65_HS1-834228961_62-HQ-83894_Section_6
Agency: FBI
Page 213
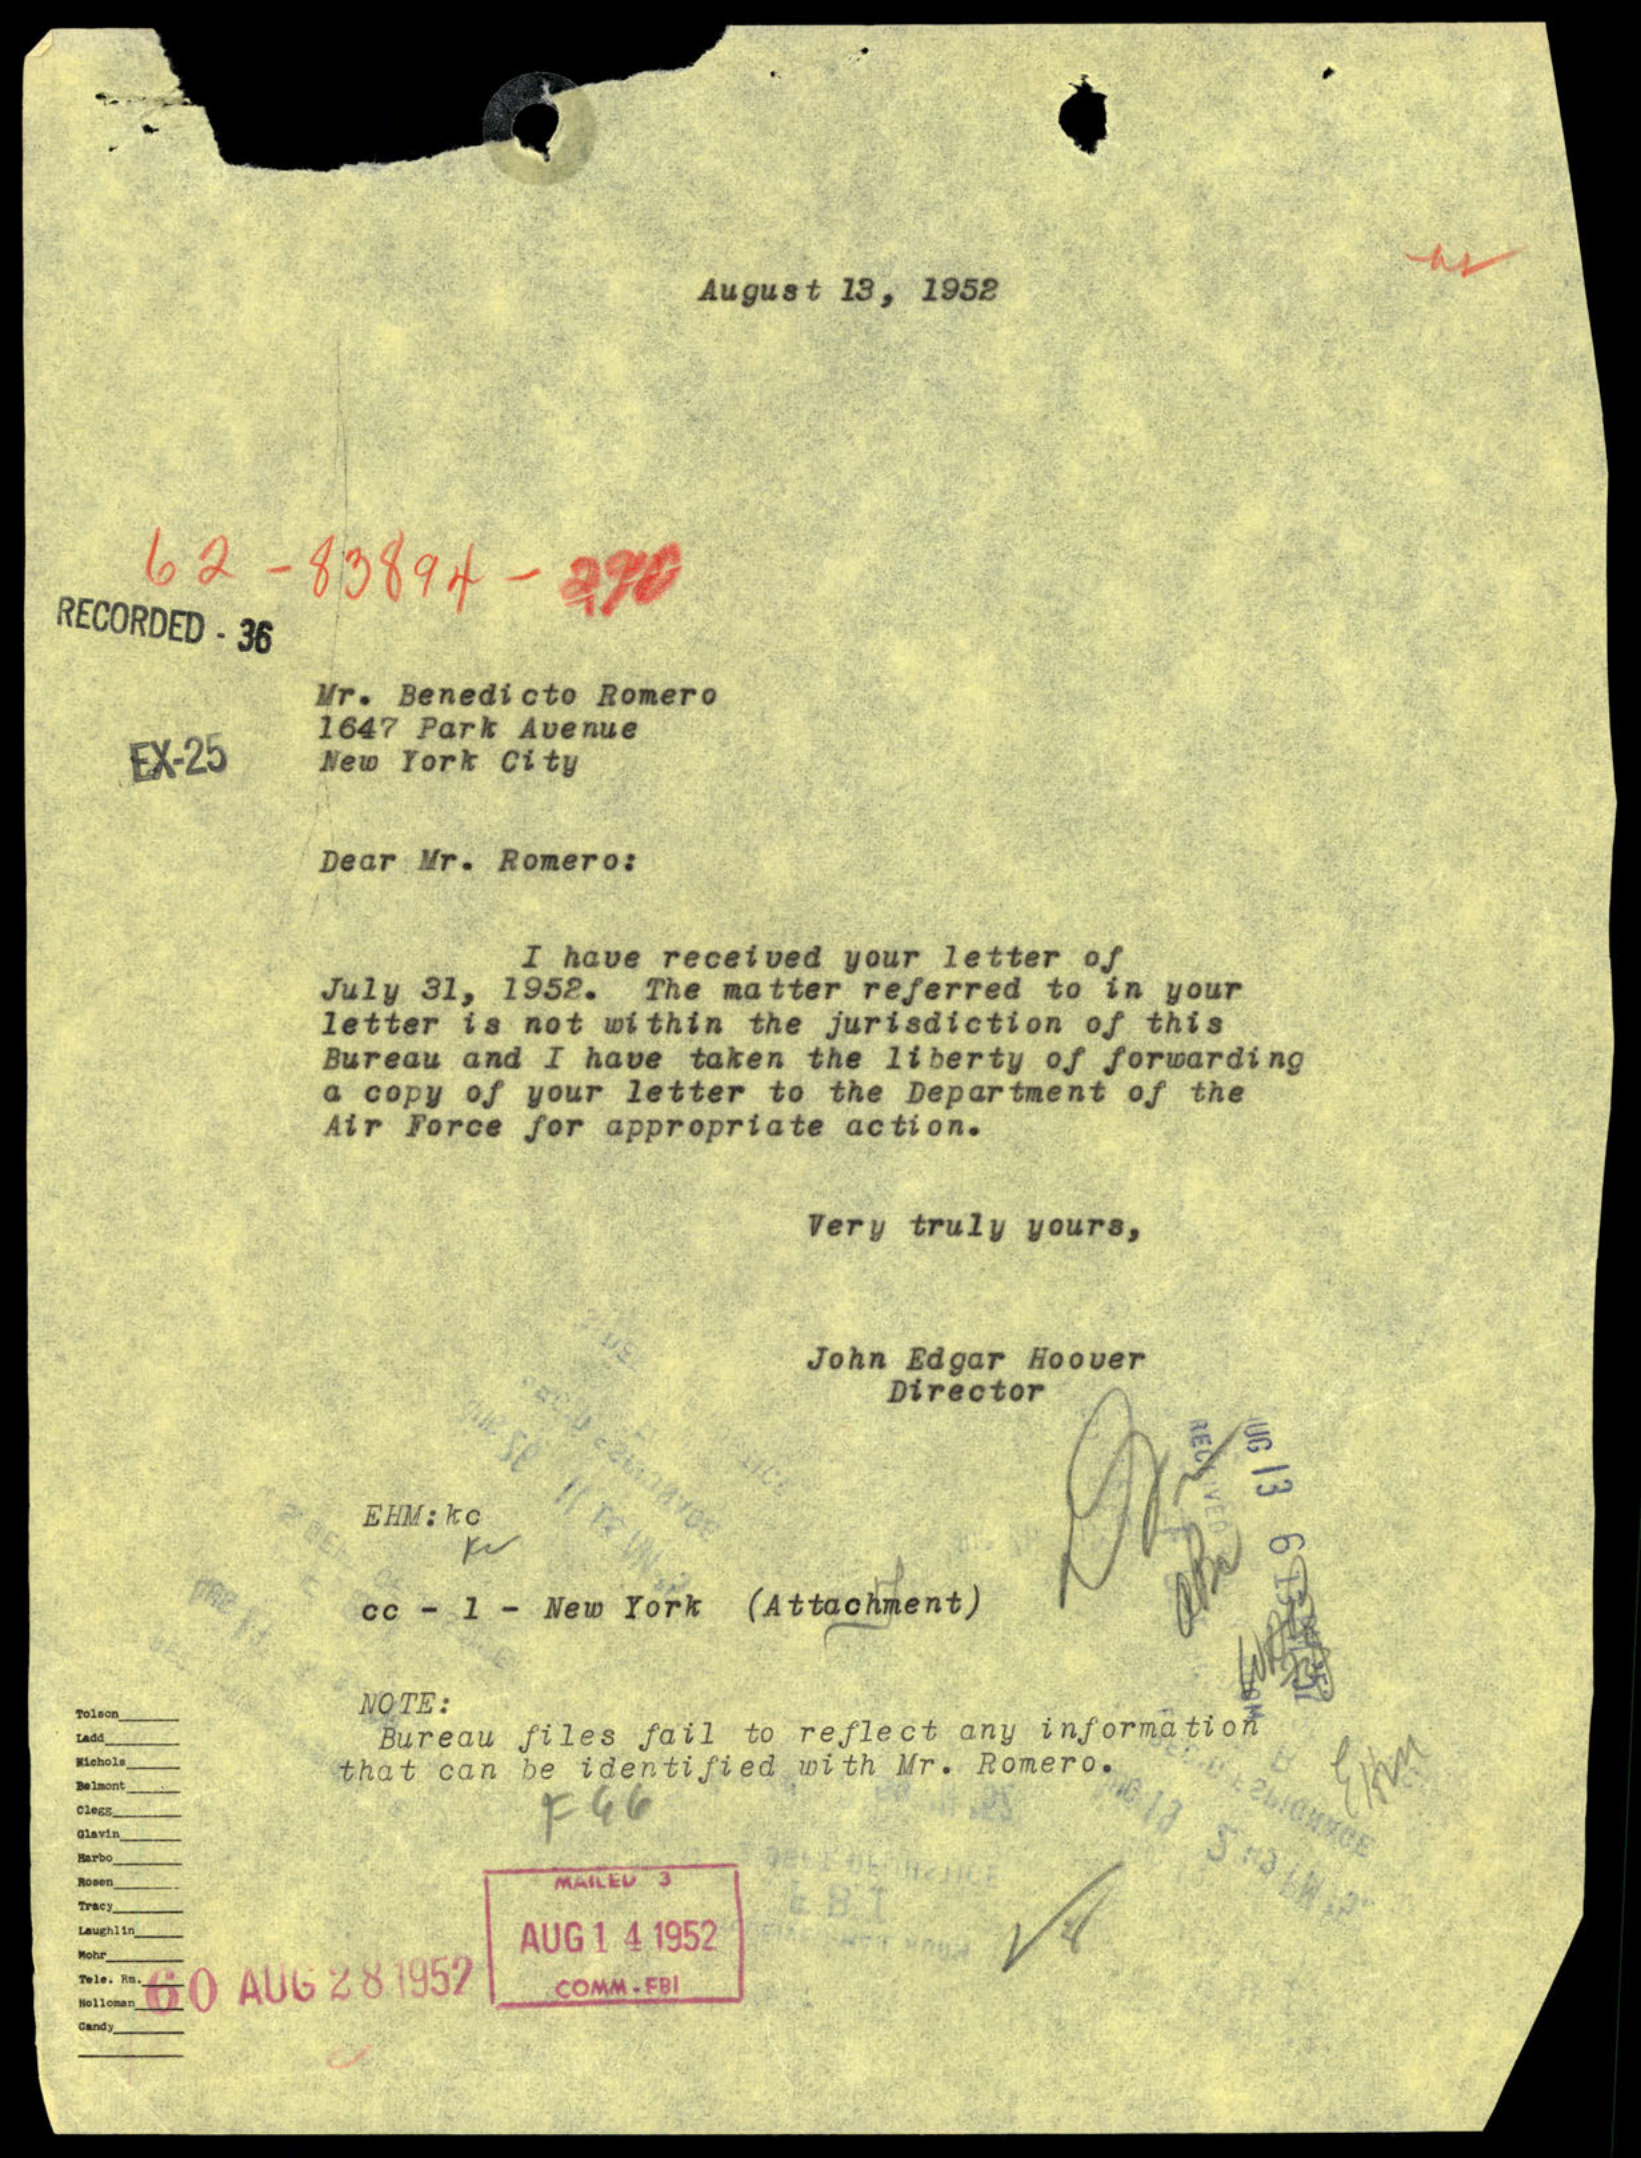